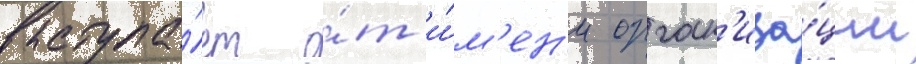
выступа́ет о́т и́м'ен'и орган'иза́ции